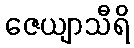
ဇေယျာသီရိ